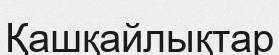
Қашқайлықтар